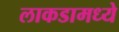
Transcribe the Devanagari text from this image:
लाकडामध्ये